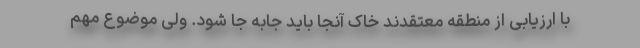
با ارزیابی از منطقه معتقدند خاک آنجا باید جابه جا شود. ولی موضوع مهم